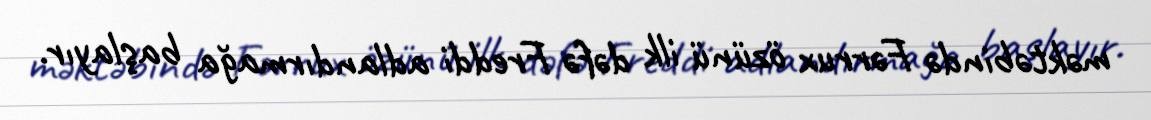
məktəbində Fərrux özünü ilk dəfə Freddi adlandırmağa başlayır.